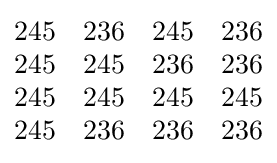
{\begin{matrix}245&236&245&236\\245&245&236&236\\245&245&245&245\\245&236&236&236\end{matrix}}